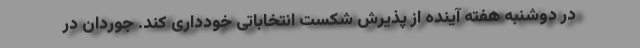
در دوشنبه هفته آینده از پذیرش شکست انتخاباتی خودداری کند. جوردان در